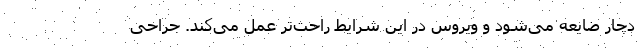
دچار ضایعه می‌شود و ویروس در این شرایط راحت‌تر عمل می‌کند. جراحی